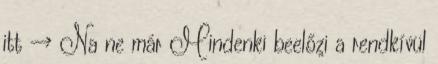
itt → Na ne már Mindenki beelőzi a rendkívül